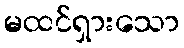
မထင်ရှားသော